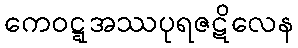
ကေဝဋ္ဋအဿပုရဇဋိလေန